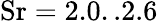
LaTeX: \mathrm{Sr=2.0..2.6}